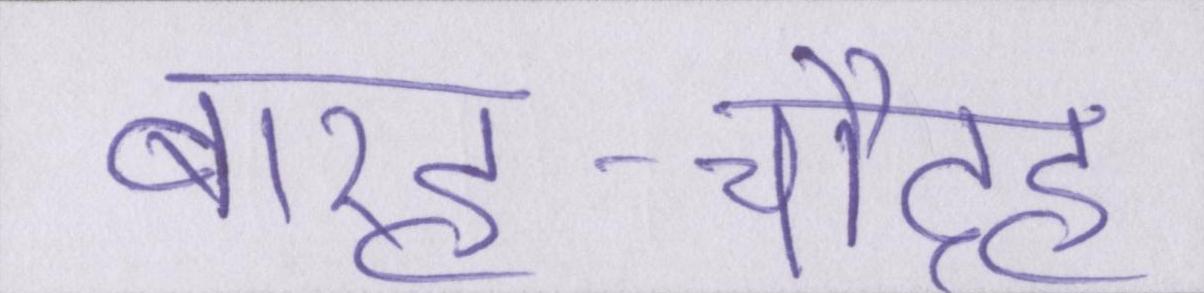
बारह-चौदह